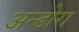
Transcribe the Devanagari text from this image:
अन्डोरा